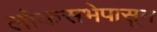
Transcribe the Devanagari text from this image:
लोकसभेपासून